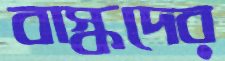
বাস্কদের